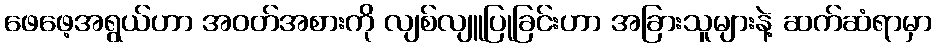
ဖေဖေ့အရွယ်ဟာ အဝတ်အစားကို လျစ်လျူပြုခြင်းဟာ အခြားသူများနဲ့ ဆက်ဆံရာမှာ